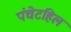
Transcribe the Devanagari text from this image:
पंचेटहिल